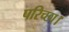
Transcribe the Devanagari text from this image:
परिच्‍छा।